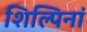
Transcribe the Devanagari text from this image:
शिल्पिनां